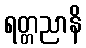
ရတ္တညာနိ